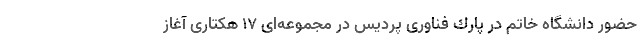
حضور دانشگاه خاتم در پارك فناوری پردیس در مجموعه‌ای 17 هكتاری آغاز